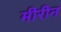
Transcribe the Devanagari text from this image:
मीरीन